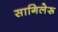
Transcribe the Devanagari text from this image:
सागिलेरू